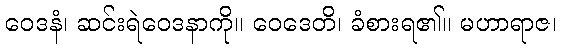
ဝေဒနံ၊ ဆင်းရဲဝေဒနာကို။ ဝေဒေတိ၊ ခံစားရ၏။ မဟာရာဇ၊